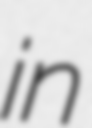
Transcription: in